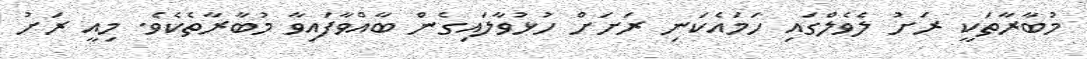
މުބާރާތަކީ ރަށު ލެވެލްގައި ހަމައެކަނި ރަށަށް ހުޅުވާލައިގެން ބާއްވާފައިވާ މުބާރާތެކެވެ. މިއީ ރަށު